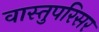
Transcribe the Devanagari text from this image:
वास्तुपरिसर